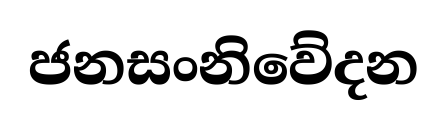
ජනසංනිවේදන